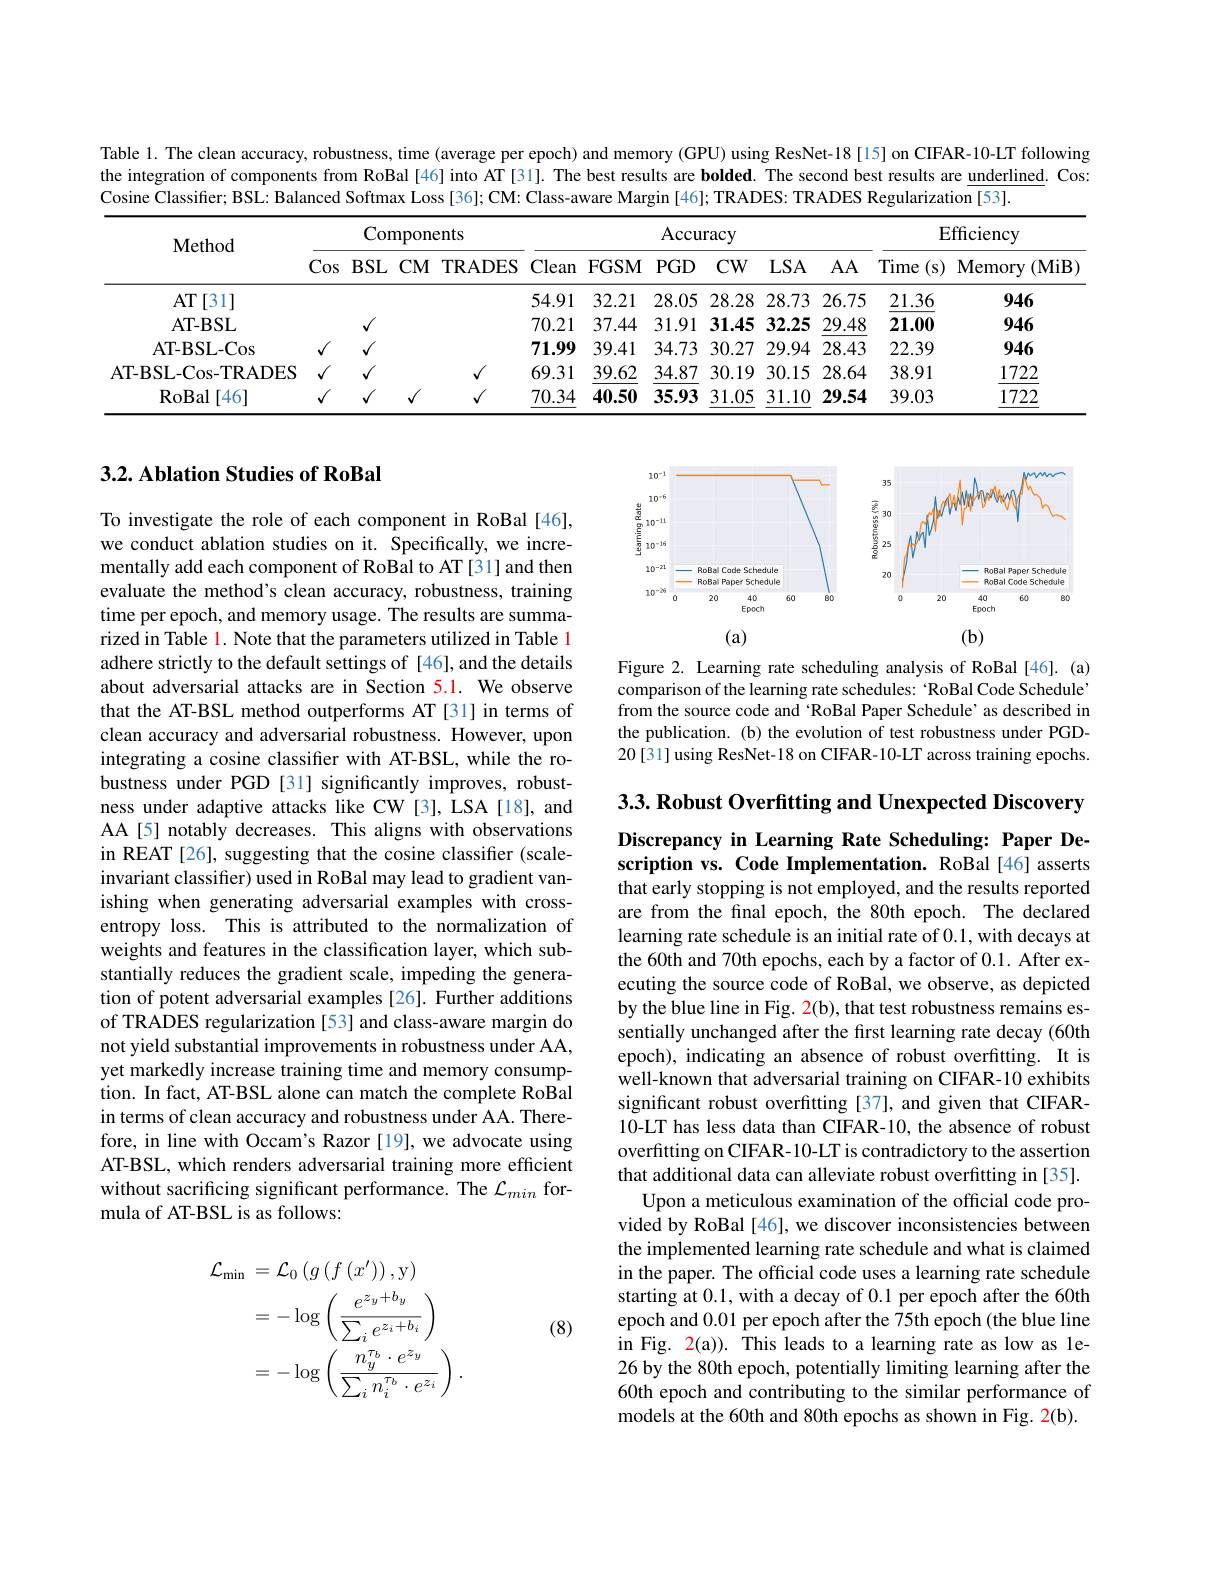
Table 1. The clean accuracy, robustness, time (average per epoch) and memory (GPU) using ResNet-18[15] on CIFAR-10-LT following the integration of components from RoBal [46] into AT [31]. The best results are bolded. The second best results are underlined. Cos: Cosine Classifier; BSL: Balanced Softmax Loss [36]; CM: Class-aware Margin [46]; TRADES: TRADES Regularization [53].

## 3.2. Ablation Studies of RoBal

<FigureHere>

Figure 2. Learning rate scheduling analysis of RoBal [46].(a) comparison of the learning rate schedules: 'RoBal Code Schedule' from the source code and‘RoBal Paper Schedule’as described in the publication. (b) the evolution of test robustness under PGD- 20[31] using ResNet-18 on CIFAR-10-LT across training epochs.

3.3. Robust Overfitting and Unexpected Discovery

## Discrepancy in Learning Rate Scheduling: Paper Description vs. Code Implementation. RoBal[46] asserts that early stopping is not employed, and the results reported

To investigate the role of each component in RoBal [46], we conduct ablation studies on it. Specifically, we incrementally add each component of RoBal to AT [31] and then evaluate the method's clean accuracy, robustness, training time per epoch, and memory usage. The results are summarized in Table 1. Note that the parameters utilized in Table 1 adhere strictly to the default settings of [46], and the details about adversarial attacks are in Section 5.1. We observe that the AT-BSL method outperforms AT [31] in terms of clean accuracy and adversarial robustness. However, upon integrating a cosine classifier with AT-BSL, while the robustness under PGD [31] significantly improves, robustness under adaptive attacks like CW[3], LSA[18], and AA[5] notably decreases. This aligns with observations in REAT [26], suggesting that the cosine classifier (scaleinvariant classifier) used in RoBal may lead to gradient vanishing when generating adversarial examples with crossentropy loss. This is attributed to the normalization of weights and features in the classification layer, which substantially reduces the gradient scale, impeding the generation of potent adversarial examples [26]. Further additions of TRADES regularization [53] and class-aware margin do not yield substantial improvements in robustness under AA, yet markedly increase training time and memory consumption. In fact, AT-BSL alone can match the complete RoBal in terms of clean accuracy and robustness under AA. Therefore, in line with Occam's Razor [19], we advocate using AT-BSL, which renders adversarial training more efficient without sacrificing significant performance. The $\mathcal{L}_min$ formula of AT-BSL is as follows:

are from the final epoch, the 80th epoch. The declared learning rate schedule is an initial rate of 0.1, with decays at the 60th and 70th epochs, each by a factor of 0.1. After executing the source code of RoBal, we observe, as depicted by the blue line in Fig. 2(b), that test robustness remains essentially unchanged after the first learning rate decay (60th epoch), indicating an absence of robust overfitting. It is well-known that adversarial training on CIFAR-10 exhibits significant robust overfitting [37], and given that CIFAR- 10-LT has less data than CIFAR-10, the absence of robust overfitting on CIFAR-10-LT is contradictory to the assertion that additional data can alleviate robust overfitting in [35].
Upon a meticulous examination of the official code provided by RoBal [46], we discover inconsistencies between the implemented learning rate schedule and what is claimed in the paper. The official code uses a learning rate schedule starting at 0.1, with a decay of 0.1 per epoch after the 60th epoch and 0.01 per epoch after the 75th epoch (the blue line in Fig. 2(a)). This leads to a learning rate as low as le- 26 by the 80th epoch, potentially limiting learning after the 60th epoch and contributing to the similar performance of models at the 60th and 80th epochs as shown in Fig. 2(b).

(8)
$$\begin{aligned}\mathcal{L}_{\mathrm{min}}&=\mathcal{L}_{0}\left(g\left(f\left(x^{\prime}\right)\right),\mathrm{y}\right)\\&=-\log\left(\frac{e^{z_{y}+b_{y}}}{\sum_{i}e^{z_{i}+b_{i}}}\right)\\&=-\log\left(\frac{n_{y}^{\tau_{b}}\cdot e^{z_{y}}}{\sum_{i}n_{i}^{\tau_{b}}\cdot e^{z_{i}}}\right).\end{aligned}$$